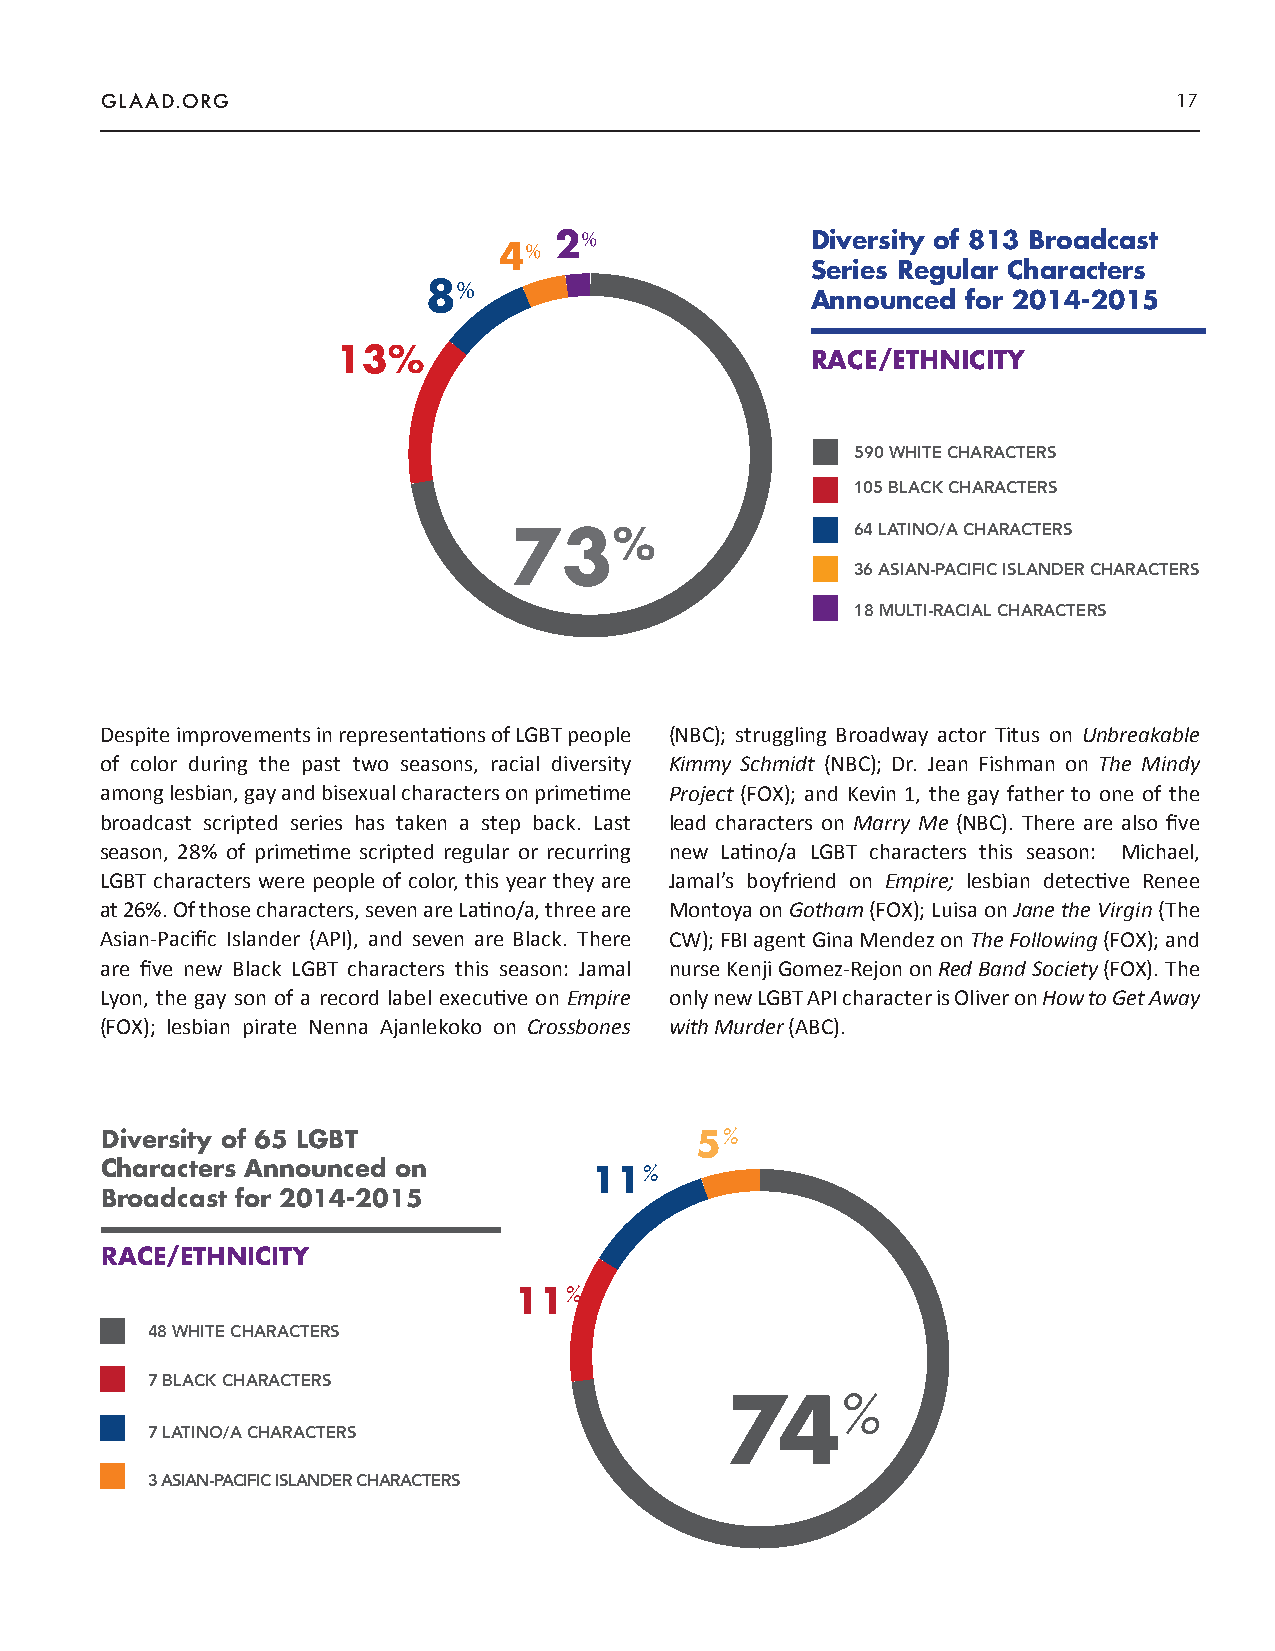
GLAAD.ORG                                                              17
 2%               Diversity of 813 Broadcast
 4%
 Series Regular Characters
 8%
 Announced for 2014-2015
 13%                             RACE/ETHNICITY
 590 WHITE CHARACTERS
 105 BLACK CHARACTERS
 73%                    64 LATINO/A CHARACTERS
 36 ASIAN-PACIFIC ISLANDER CHARACTERS
 18 MULTI-RACIAL CHARACTERS
 Despite improvements in representations of LGBT people (NBC); struggling Broadway actor Titus on Unbreakable
 of color during the past two seasons, racial diversity Kimmy Schmidt (NBC); Dr. Jean Fishman on The Mindy
 among lesbian, gay and bisexual characters on primetime Project (FOX); and Kevin 1, the gay father to one of the
 broadcast scripted series has taken a step back. Last lead characters on Marry Me (NBC). There are also five
 season, 28% of primetime scripted regular or recurring new Latino/a LGBT characters this season: Michael,
 LGBT characters were people of color, this year they are Jamal’s boyfriend on Empire; lesbian detective Renee
 at 26%. Of those characters, seven are Latino/a, three are Montoya on Gotham (FOX); Luisa on Jane the Virgin (The
 Asian-Pacific Islander (API), and seven are Black. There CW); FBI agent Gina Mendez on The Following (FOX); and
 are five new Black LGBT characters this season: Jamal nurse Kenji Gomez-Rejon on Red Band Society (FOX). The
 Lyon, the gay son of a record label executive on Empire only new LGBT API character is Oliver on How to Get Away
 (FOX); lesbian pirate Nenna Ajanlekoko on Crossbones with Murder (ABC).
 Diversity of 65 LGBT                   5%
 Characters Announced on         11%
 Broadcast for 2014-2015
 RACE/ETHNICITY
 11%
 48 WHITE CHARACTERS
 7 BLACK CHARACTERS
 74%
 7 LATINO/A CHARACTERS
 3 ASIAN-PACIFIC ISLANDER CHARACTERS